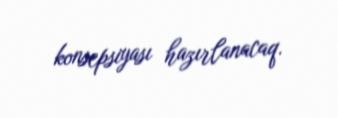
konsepsiyası hazırlanacaq.